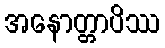
အနောတ္တာပိဿ